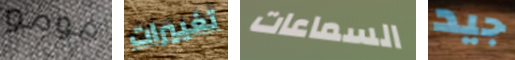
مومو تغييرات السماعات جيد